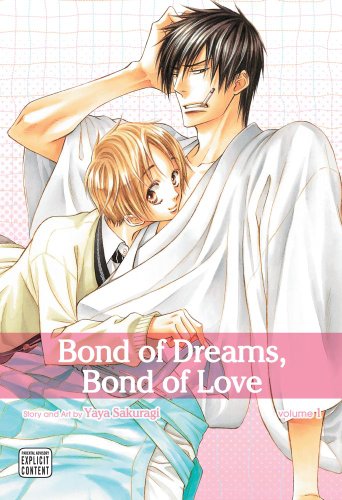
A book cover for Bond of Dreams, Bond of Love, Vol. 1 (Yaoi Manga); Yaya Sakuragi; Comics & Graphic Novels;